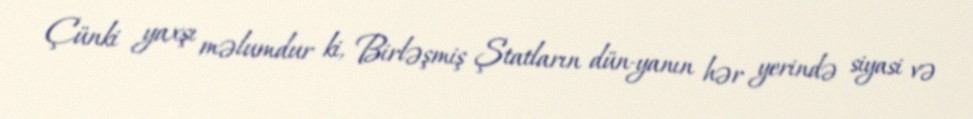
Çünki yaxşı məlumdur ki, Birləşmiş Ştatların dün­yanın hər yerində siyasi və